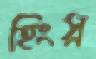
হিংস্র